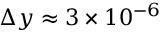
\Delta y \approx 3 \times 1 0 ^ { - 6 }